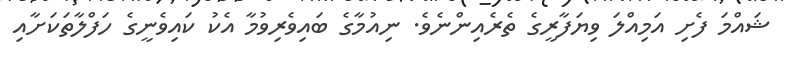
ޝައްމަ ފެށި އަމިއްލަ ވިޔަފާރީގެ ތެރެއިންނެވެ. ނިއުމާގެ ބައިވެރިވުމާ އެކު ކައިވެނީގެ ހަފްލާތަކަށާއި